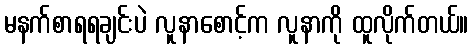
မနက်စာရရချင်းပဲ လူနာစောင့်က လူနာကို ထူလိုက်တယ်။